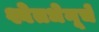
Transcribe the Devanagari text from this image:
श्वेतधेनूचे